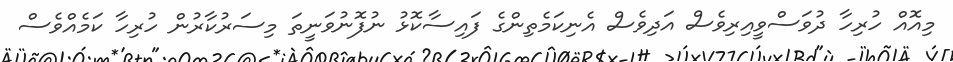
މިއޮއް ހުރިހާ ދުވަސްވީއިރިވެސް އަދިވެސް އެނިކަމެތިންގެ ފައިސާކޮޅު ނުފޮނުވަނީތަ މިސަރުކާރުން ހުރިހާ ކަމެއްވެސް